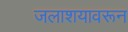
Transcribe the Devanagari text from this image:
जलाशयावरून